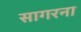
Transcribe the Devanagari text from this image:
सागरना